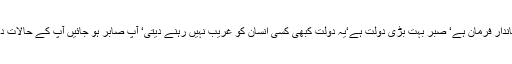
فرمایا غربت میں صبر کیا کرو‘ یہ فرمان بھی کیا شاندار فرمان ہے‘ صبر بہت بڑی دولت ہے‘یہ دولت کبھی کسی انسان کو غریب نہیں رہنے دیتی‘ آپ صابر ہو جائیں آپ کے حالات دنوں میں بدل جائیں گے‘ آپ یہ بھی آزما کر دیکھ لیں۔